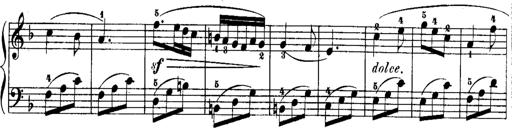
Title: Rondos and Sonatinas for Pianoforte
Composer: Daniel Steibelt